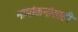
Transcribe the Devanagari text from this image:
नामांकनांसाठी